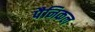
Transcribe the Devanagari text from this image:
पैनिकल